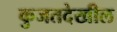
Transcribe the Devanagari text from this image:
कुजतदेखील